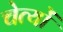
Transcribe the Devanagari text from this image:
चेत्यों